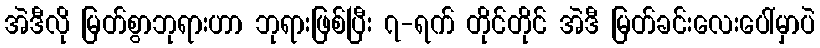
အဲဒီလို မြတ်စွာဘုရားဟာ ဘုရားဖြစ်ပြီး ၇-ရက် တိုင်တိုင် အဲဒီ မြတ်ခင်းလေးပေါ်မှာပဲ